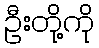
ဦးတို့ကို